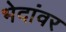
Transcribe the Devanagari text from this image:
भेदांवर